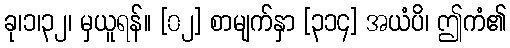
ခု၊၁၊၃၂၊ မှယူရန်။ [၀၂] စာမျက်နှာ [၃၁၄] အယံပိ၊ ဤကံ၏